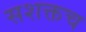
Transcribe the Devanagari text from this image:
सशक्तच